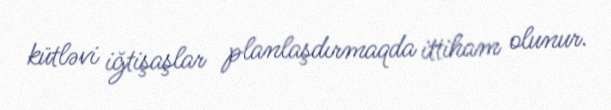
kütləvi iğtişaşlar planlaşdırmaqda ittiham olunur.